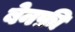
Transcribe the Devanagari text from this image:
बेनफ़ी